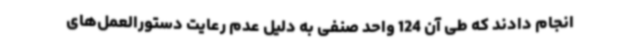
انجام دادند که طی آن 124 واحد صنفی به دلیل عدم رعایت دستورالعمل‌های